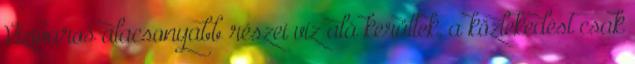
Viziváros alacsonyabb részei víz alá kerültek, a közlekedést csak